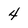
Character: 4